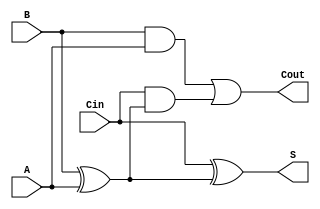
module full_adder_LL_nodelay(
    input A, B, Cin, output S, Cout
    );
    
    wire axorb, aandb, axorbandcin;

    
    xor  (axorb, B, A);
    and (aandb, B, A);
    xor  (S, Cin, axorb);
    and (axorbandcin, Cin, axorb);
    or (Cout, aandb, axorbandcin);
endmodule